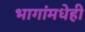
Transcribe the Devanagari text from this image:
भागांमधेही